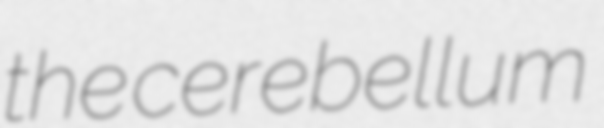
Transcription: the cerebellum